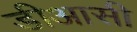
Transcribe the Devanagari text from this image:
डीआसी